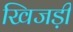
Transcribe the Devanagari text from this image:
खिजड़ी